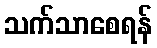
သက်သာစေရန်